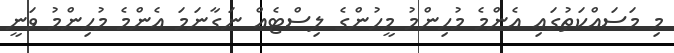
މި މަސައްކަތުގައި އެންމެ މުހިންމު މީހުންގެ ލިސްޓެއް ނަގާނަމަ އެންމެ މުހިންމު ވަނީ